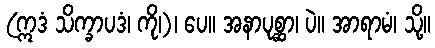
(ဣဒံ သိက္ခာပဒံ၊ ကို၊)၊ ပေ။ အနာပုစ္ဆာ၊ ပဲ။ အာရာမံ၊ သို့။